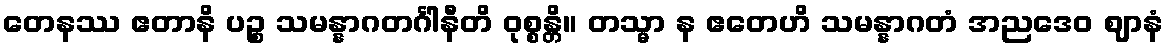
တေနဿ ဧတာနိ ပဉ္စ သမန္နာဂတင်္ဂါနီတိ ဝုစ္စန္တိ။ တသ္မာ န ဧတေဟိ သမန္နာဂတံ အညဒေဝ ဈာနံ